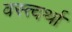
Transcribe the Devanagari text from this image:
वस्त्वर्था